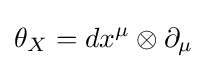
\theta _{X}=dx^{\mu }\otimes \partial _{\mu }